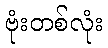
ဗုံးတစ်လုံး